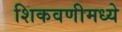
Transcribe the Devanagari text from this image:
शिकवणीमध्ये